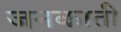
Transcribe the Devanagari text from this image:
जनकाती